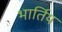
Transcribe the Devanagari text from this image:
भार्तिय